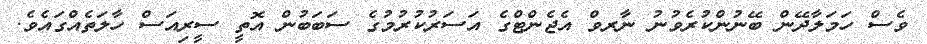
ވެސް ހަމަލާދޭން ބޭނުންކުރެވުނު ނާރވް އެޖެންޓްގެ އަސަރުކުރުމުގެ ސަބަބުން އޮތީ ސީރިއަސް ހާލަތެއްގައެވެ.